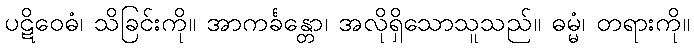
ပဋိဝေဓံ၊ သိခြင်းကို။ အာကင်္ခန္တော၊ အလိုရှိသောသူသည်။ ဓမ္မံ၊ တရားကို။